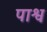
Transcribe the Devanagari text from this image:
पाश्व